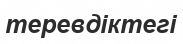
теревдіктегі